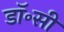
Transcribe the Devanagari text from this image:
डॉ॰सी